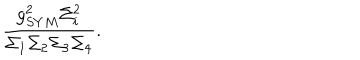
\frac { g _ { S Y M } ^ { 2 } \Sigma _ { i } ^ { 2 } } { \Sigma _ { 1 } \Sigma _ { 2 } \Sigma _ { 3 } \Sigma _ { 4 } } .